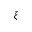
\xi